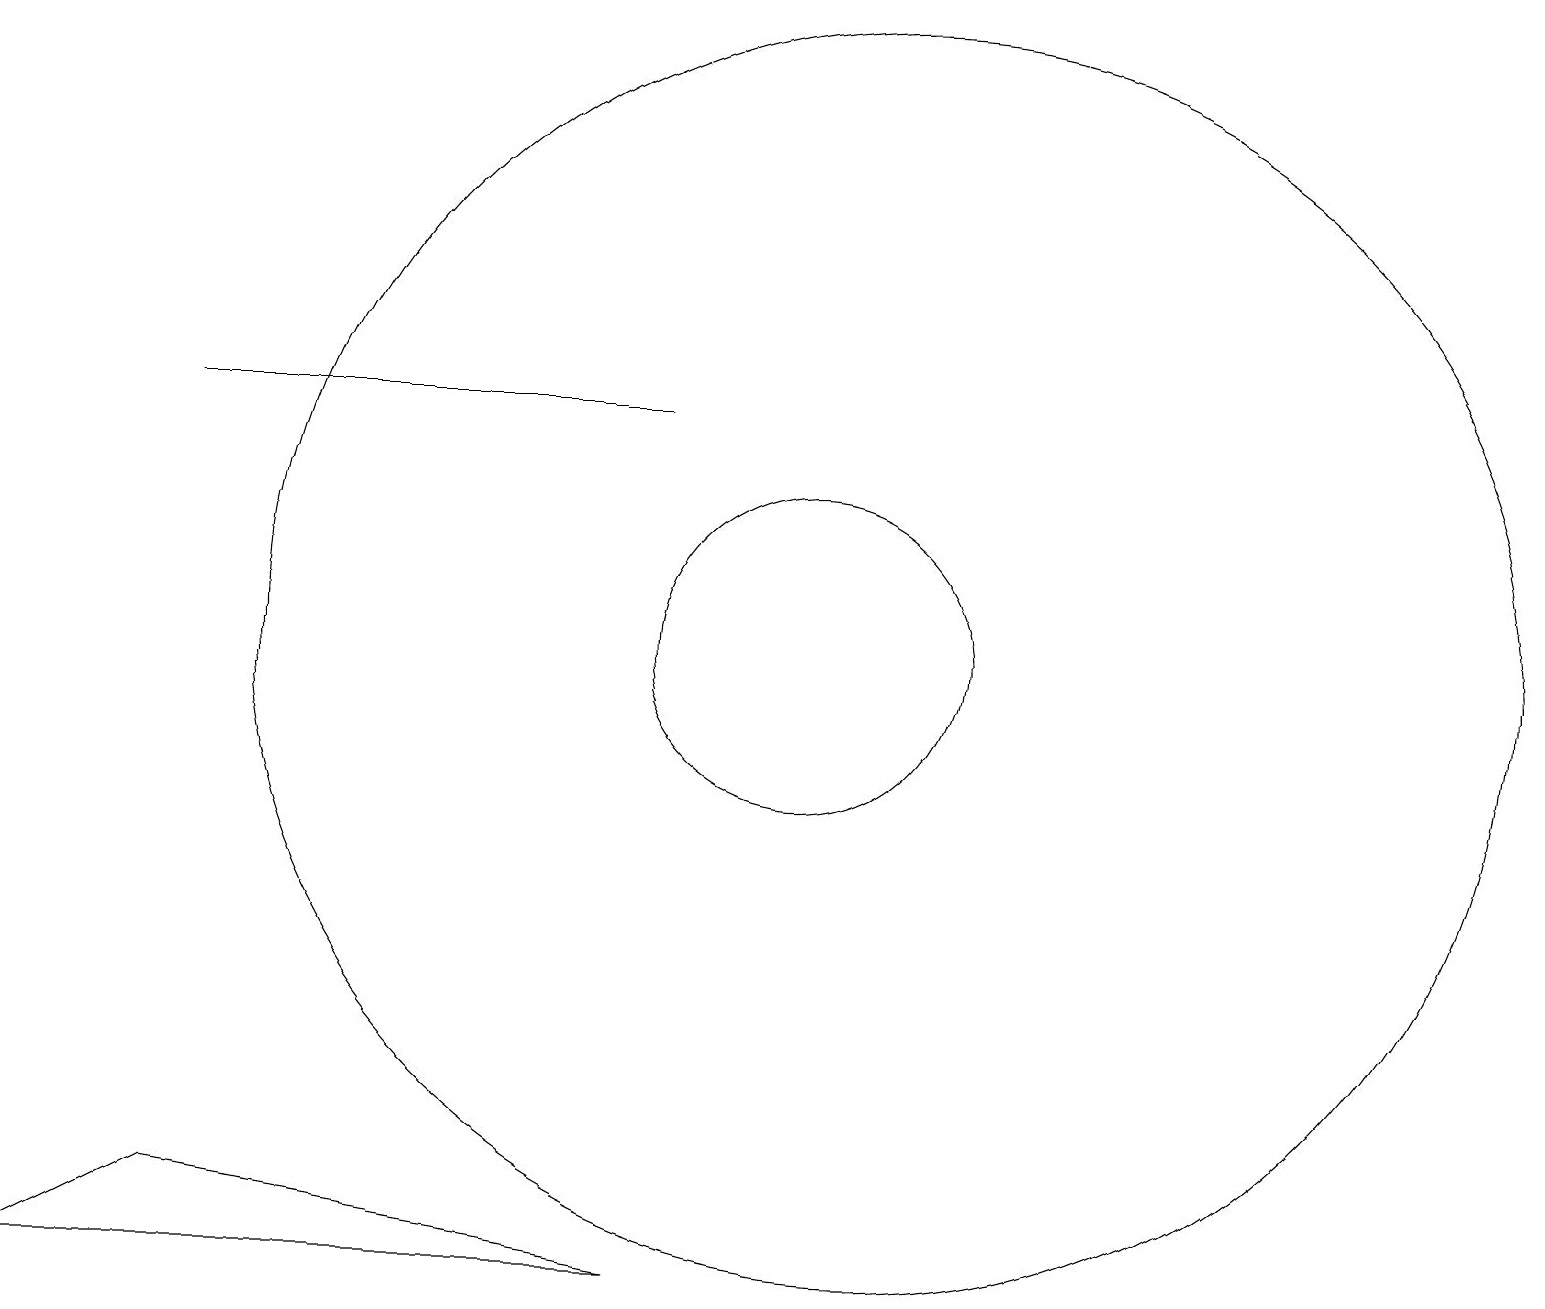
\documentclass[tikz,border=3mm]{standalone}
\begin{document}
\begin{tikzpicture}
\draw (11,11) circle (8);
\draw (0,3) -- (8,3) -- (2,4) -- cycle;
\draw (2,14) rectangle (8,14);
\draw (10,11) circle (2);
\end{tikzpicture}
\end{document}